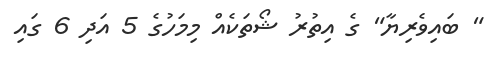
" ބައިވެރިޔާ" ގެ އިތުރު ޝޯތަކެއް މިމަހުގެ 5 އަދި 6 ގައި